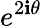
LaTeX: e^{2\mathbf{i}\theta}